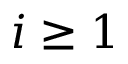
i \geq 1